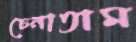
চেনাতাম